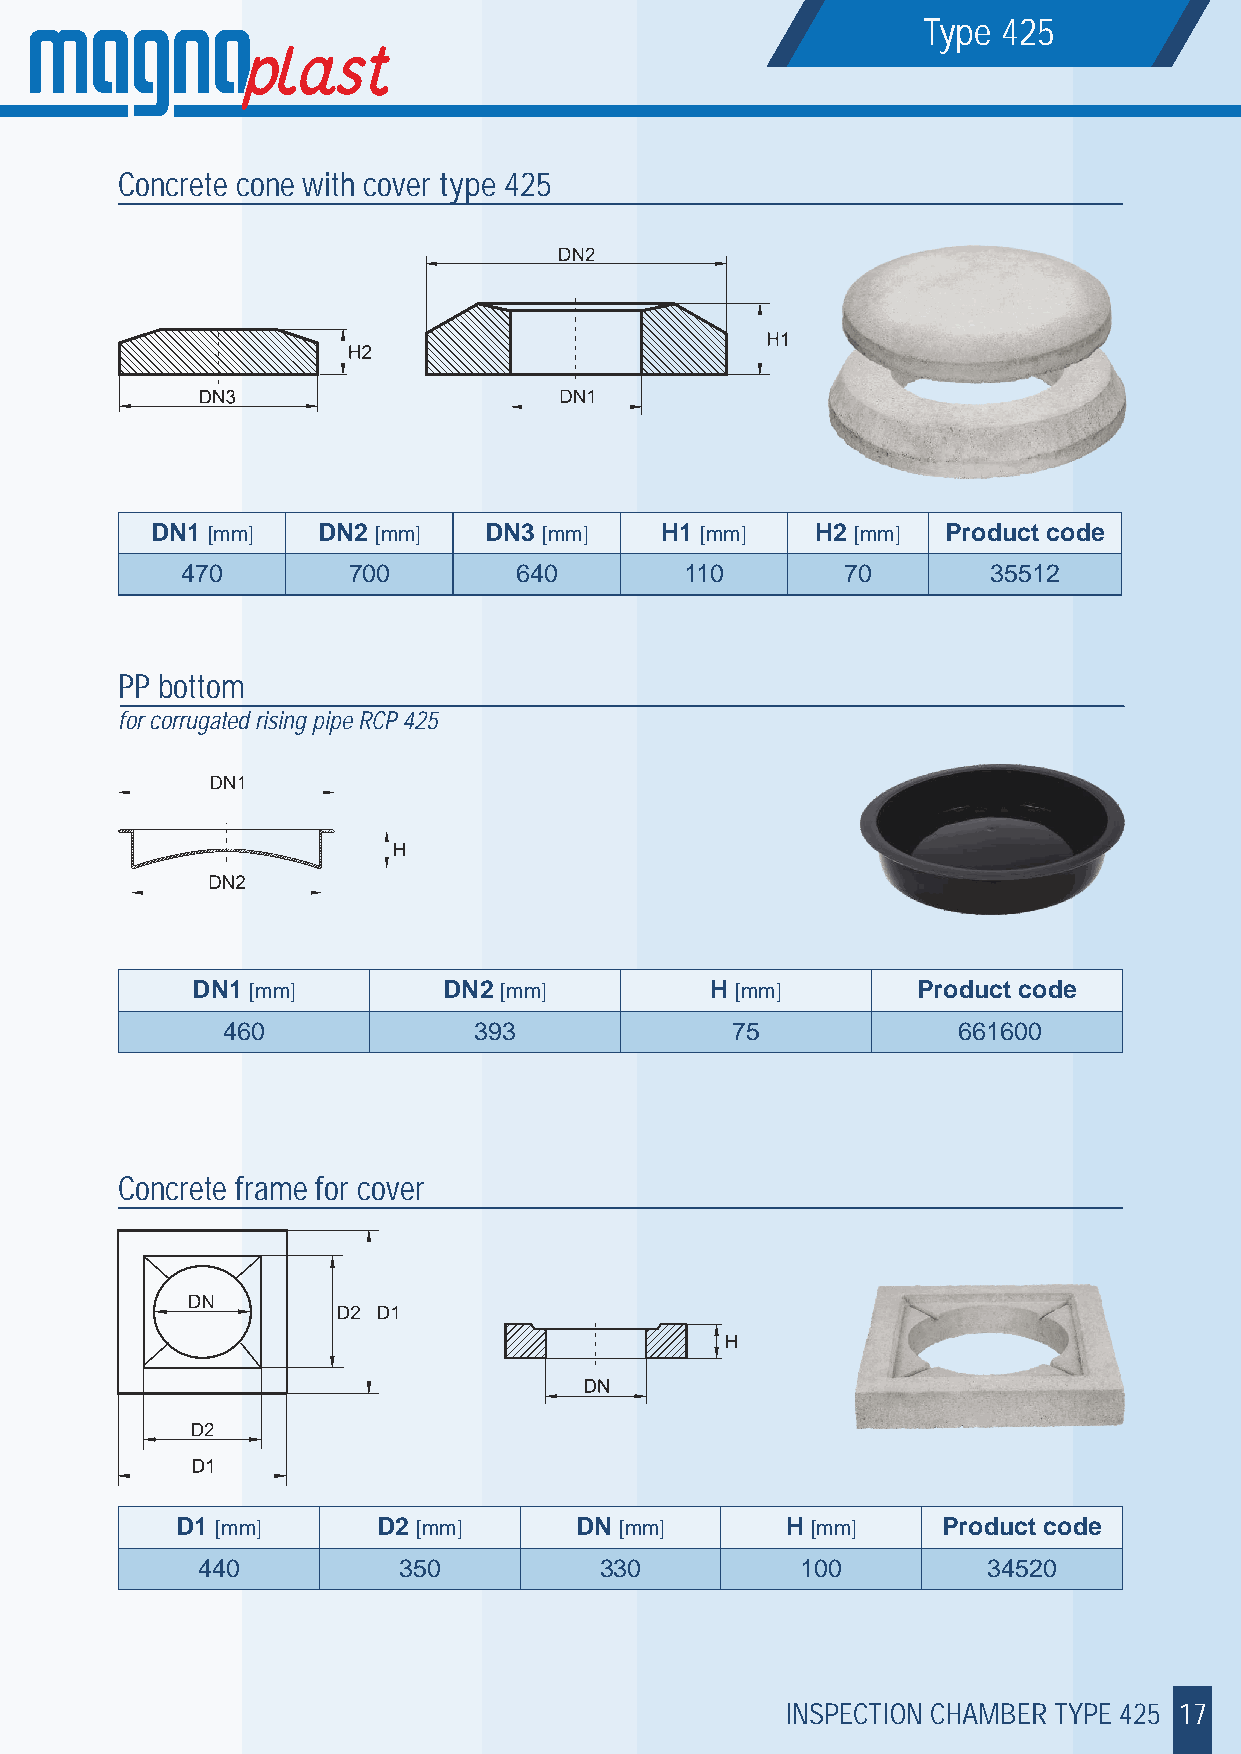
Type 425
 Concrete cone with cover type 425
 DN1 [mm]   DN2 [mm]   DN3 [mm]    H1 [mm]   H2 [mm]  Product code
 470        700        640        110        70        35512
 PP bottom
 for corrugated rising pipe RCP 425
 DN1 [mm]        DN2 [mm]          H [mm]        Product code
 460             393              75             661600
 Concrete frame for cover
 D1 [mm]      D2 [mm]      DN [mm]       H [mm]    Product code
 440          350           330          100         34520
 INSPECTION CHAMBER TYPE 425 17